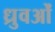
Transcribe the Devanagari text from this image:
ध्रुवओं